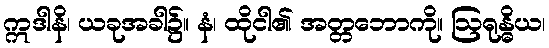
ဣဒါနိ၊ ယခုအခါ၌။ နံ၊ ထိုငါ၏ အတ္တဘောကို။ ဩရုန္ဓိယ၊